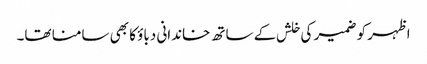
اظہر کو ضمیر کی خلش کے ساتھ خاندانی دباؤ کا بھی سامنا تھا۔